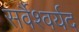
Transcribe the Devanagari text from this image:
सर्वैश्‍वर्यद